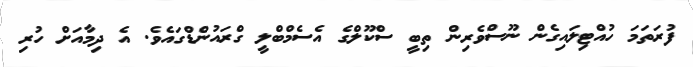
ފުރަތަމަ ހުއްޓިލައިގެން ނޫސްވެރިން ތިބީ ސްކޫލްގެ އެސެމްބްލީ ގްރައުންޑްގައެވެ. އެ ދިމާއަށް ހުރި